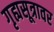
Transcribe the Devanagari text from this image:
गृह्यसूत्रावर